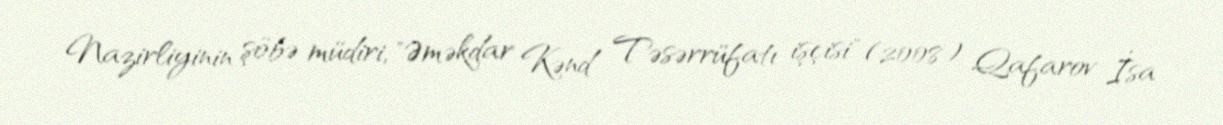
Nazirliyinin şöbə müdiri, "Əməkdar Kənd Təsərrüfatı işçisi" (2008) Qafarov İsa